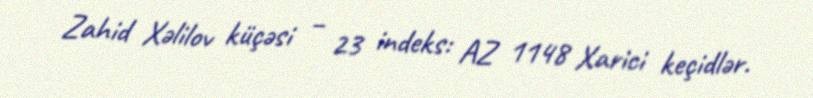
Zahid Xəlilov küçəsi – 23 indeks: AZ 1148 Xarici keçidlər.